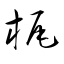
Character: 梶